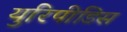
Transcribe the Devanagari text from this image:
युरिपीडिस